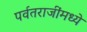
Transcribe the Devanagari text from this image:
पर्वतराजींमध्ये